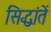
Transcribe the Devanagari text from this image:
सिद्धांतें